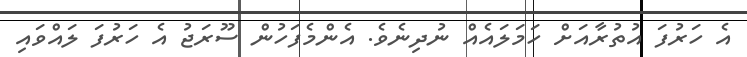
އެ ހަރުފަ އުތުރާއަށް ހަމަލައެއް ނުދިނެވެ. އެންމެފަހުން ސޫރަޖު އެ ހަރުފަ ލައްވައި